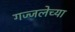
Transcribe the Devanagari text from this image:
गज्जलेच्या